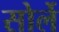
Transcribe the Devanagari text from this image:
सोर्ले